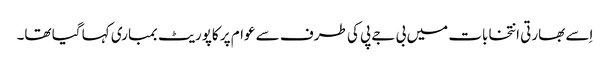
اِسے بھارتی انتخابات میں بی جے پی کی طرف سے عوام پر کاپوریٹ بمباری کہا گیا تھا۔